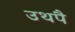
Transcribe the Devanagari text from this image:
उथपै